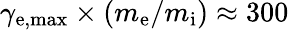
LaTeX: \gamma_{\mathrm{e,max}}\times\left(m_{\mathrm{e}}/m_{\mathrm{i}}\right)\approx 300